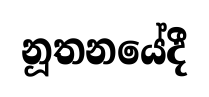
නූතනයේදී